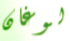
لوغان